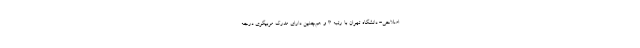
اصلاحی- دانشگاه تهران با رتبه ۳ و هم‌چنین دارای مدرک مربیگری درجه